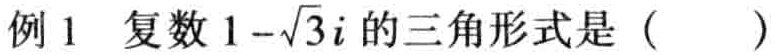
例 1 复数\(1 - \sqrt{3}i\)的三角形式是（  ）